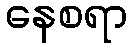
နေစရာ